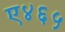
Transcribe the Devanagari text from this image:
ए४६५